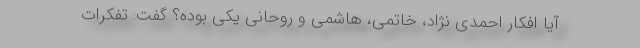
آیا افکار احمدی نژاد، خاتمی، هاشمی و روحانی یکی بوده؟ گفت: تفکرات